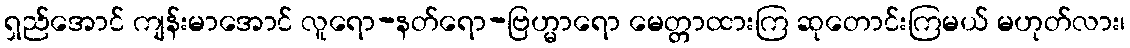
ရှည်အောင် ကျန်းမာအောင် လူရော-နတ်ရော-ဗြဟ္မာရော မေတ္တာထားကြ ဆုတောင်းကြမယ် မဟုတ်လား၊